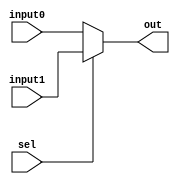
//mux de 2 para 1 - 32 bits inputs e 1 bit sel 
//DivSrcA
//DivSrcB
//HiCtrl
//LoCtrl


module mux2to1_32b(input wire [31:0] input0, 
		               input wire [31:0] input1,
		               input wire sel, 
               	   output wire [31:0] out);
  
  assign out = (sel == 1'b0) ? input0 :
	             (sel == 1'b1) ? input1 : 
	             1'bX;
      
endmodule